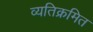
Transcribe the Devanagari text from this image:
व्यतिक्रमित